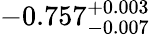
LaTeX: -0.757_{-0.007}^{+0.003}